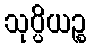
သုပ္ပိယဉ္စ